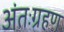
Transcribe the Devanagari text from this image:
अंतःग्रहण